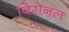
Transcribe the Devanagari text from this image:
विरोनल